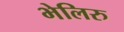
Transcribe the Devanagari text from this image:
भेलिरु